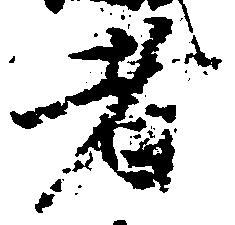
者